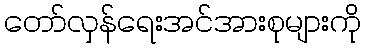
တော်လှန်ရေးအင်အားစုများကို